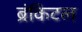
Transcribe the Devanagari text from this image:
ब्रंकिटल